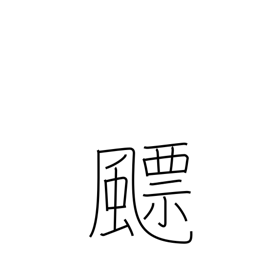
Meaning: cyclone